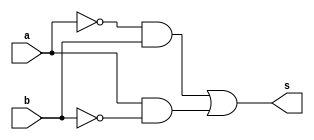
// --------------------------
// Exemplo0011 - XOR
// Nome: Isabel Bicalho Amaro
// --------------------------
 

// --------------------------
// -- xor gate
// --------------------------
  module xorgate(output s, input a,b);
     assign s=(~a&b)|(a&~b);
  endmodule // xorgate  
  
  
// --------------------------
// -- test xor gate
// --------------------------
  module testxorgate;
  

// -------------------------- dados locais
  reg  a,b;
  wire s;
  
  
// -------------------------- instancia
  xorgate XOR(s,a,b);
  

// -------------------------- preparacao
  initial begin:start
    a=0; b=0;
  end
  

// -------------------------- parte principal
  initial begin:main
        $display("Exemplo0011 - Isabel Bicalho Amaro - 451580");
        $display("Test xor gate");
        $display("\na  (~a&b)|(a&~b)  b  =  s\n");
		  $monitor("%b  (~a&b)|(a&~b)  %b  =  %b",a,b,s);
  #1 a=0; b=0;              
  #1 a=0; b=1;
  #1 a=1; b=0;
  #1 a=1; b=1;
  end
  
endmodule // testxorgate

 // -------------------
 // -- Testes
 // -------------------
 
// --    Exemplo0011 - Isabel Bicalho Amaro - 451580
// --    Test xor gate
// --    
// --    a  (~a&b)|(a&~b)  b  =  s
// --    
// --    0  (~a&b)|(a&~b)  0  =  0
// --    0  (~a&b)|(a&~b)  1  =  1
// --    1  (~a&b)|(a&~b)  0  =  1
// --    1  (~a&b)|(a&~b)  1  =  0